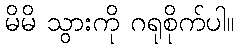
မိမိ သွားကို ဂရုစိုက်ပါ။